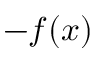
- f ( x )